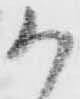
か